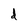
Character: d